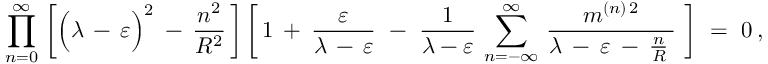
\prod _ { n = 0 } ^ { \infty } \, \bigg [ \Big ( \lambda \, - \, \varepsilon \Big ) ^ { 2 } \: - \: \frac { n ^ { 2 } } { R ^ { 2 } } \, \bigg ] \, \bigg [ \, 1 \: + \: \frac { \varepsilon } { \lambda \, - \, \varepsilon } \ - \ \frac { 1 } { \lambda - \varepsilon } \, \sum _ { n = - \infty } ^ { \infty } \, \frac { m ^ { ( n ) \, 2 } } { \lambda \: - \: \varepsilon \: - \: \frac { n } { R } \: } \ \bigg ] \ = \ 0 \, ,